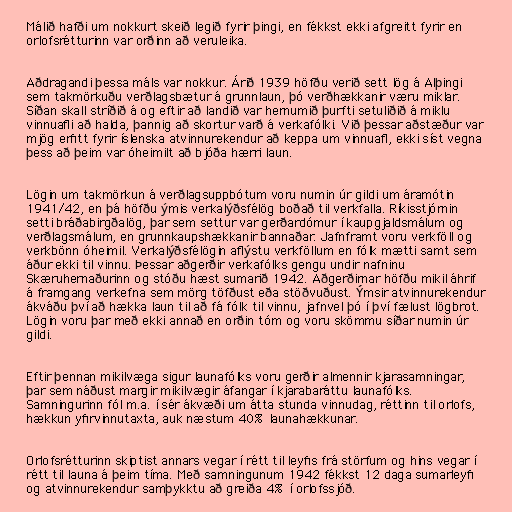
Málið hafði um nokkurt skeið legið fyrir þingi, en fékkst ekki afgreitt fyrir en
orlofsrétturinn var orðinn að veruleika.

Aðdragandi þessa máls var nokkur. Árið 1939 höfðu verið sett lög á Alþingi
sem takmörkuðu verðlagsbætur á grunnlaun, þó verðhækkanir væru miklar.
Síðan skall stríðið á og eftir að landið var hernumið þurfti setuliðið á miklu
vinnuafli að halda, þannig að skortur varð á verkafólki. Við þessar aðstæður var
mjög erfitt fyrir íslenska atvinnurekendur að keppa um vinnuafl, ekki síst vegna
þess að þeim var óheimilt að bjóða hærri laun.

Lögin um takmörkun á verðlagsuppbótum voru numin úr gildi um áramótin
1941/42, en þá höfðu ýmis verkalýðsfélög boðað til verkfalla. Ríkisstjórnin
setti bráðabirgðalög, þar sem settur var gerðardómur í kaupgjaldsmálum og
verðlagsmálum, en grunnkaupshækkanir bannaðar. Jafnframt voru verkföll og
verkbönn óheimil. Verkalýðsfélögin aflýstu verkföllum en fólk mætti samt sem
áður ekki til vinnu. Þessar aðgerðir verkafólks gengu undir nafninu
Skæruhernaðurinn og stóðu hæst sumarið 1942. Aðgerðirnar höfðu mikil áhrif
á framgang verkefna sem mörg töfðust eða stöðvuðust. Ýmsir atvinnurekendur
ákváðu því að hækka laun til að fá fólk til vinnu, jafnvel þó í því fælust lögbrot.
Lögin voru þar með ekki annað en orðin tóm og voru skömmu síðar numin úr
gildi.

Eftir þennan mikilvæga sigur launafólks voru gerðir almennir kjarasamningar,
þar sem náðust margir mikilvægir áfangar í kjarabaráttu launafólks.
Samningurinn fól m.a. í sér ákvæði um átta stunda vinnudag, réttinn til orlofs,
hækkun yfirvinnutaxta, auk næstum 40% launahækkunar.

Orlofsrétturinn skiptist annars vegar í rétt til leyfis frá störfum og hins vegar í
rétt til launa á þeim tíma. Með samningunum 1942 fékkst 12 daga sumarleyfi
og atvinnurekendur samþykktu að greiða 4% í orlofssjóð.